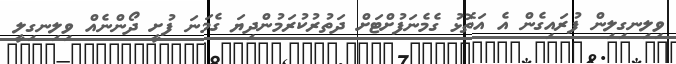
ވިލިނގިލިން ފުރައިގެން އެ އަތޮޅު ގެމެނަފުށްޓަށް ދަތުރުކުރަމުންދިޔަ ގެމަނަ ފުށީ ދޯންނެއް ވިލިނގިލީ